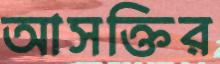
আসক্তির